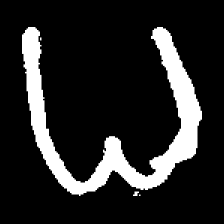
Pyu character \u2014 Myanmar letter: ဓ (romanized: dha)